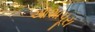
આશાપૂરા